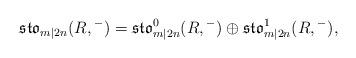
LaTeX: \begin{align*}\mathfrak{sto}_{m|2n}(R,{}^-)=\mathfrak{sto}_{m|2n}^0(R,{}^-)\oplus\mathfrak{sto}_{m|2n}^1(R,{}^-),\end{align*}